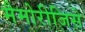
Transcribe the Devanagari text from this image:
मैमोरीजिसे